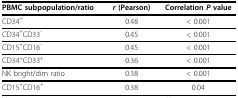
<table><thead><tr><td><b>PBMC subpopulation/ratio</b></td><td><b><i>r </i>(Pearson)</b></td><td><b>Correlation <i>P </i>value</b></td></tr></thead><tbody><tr><td>CD34<sup>+</sup></td><td>0.48</td><td>&lt; 0.001</td></tr><tr><td>CD34<sup>+</sup>CD33<sup>-</sup></td><td>0.45</td><td>&lt; 0.001</td></tr><tr><td>CD15<sup>+</sup>CD16<sup>-</sup></td><td>0.45</td><td>&lt; 0.001</td></tr><tr><td>CD34<sup>+</sup>CD33<sup>+</sup></td><td>0.36</td><td>&lt; 0.001</td></tr><tr><td>NK bright/dim ratio</td><td>0.38</td><td>&lt; 0.001</td></tr><tr><td>CD15<sup>+</sup>CD16<sup>+</sup></td><td>0.38</td><td>0.04</td></tr></tbody></table>